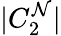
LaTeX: |C_{2}^{\mathcal{N}}|